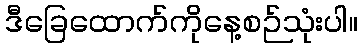
ဒီခြေထောက်ကိုနေ့စဉ်သုံးပါ။